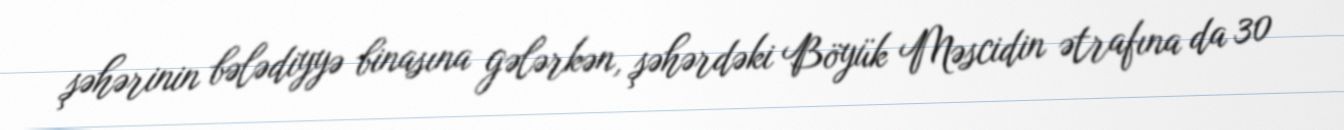
şəhərinin bələdiyyə binasına gələrkən, şəhərdəki Böyük Məscidin ətrafına da 30